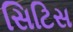
સિટિસ